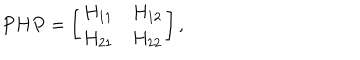
P H P = \left[ \begin{array} { r r } { { H _ { 1 1 } } } & { { H _ { 1 2 } } } \\ { { H _ { 2 1 } } } & { { H _ { 2 2 } } } \\ \end{array} \right] ,